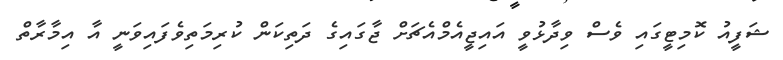
ޝަފީއު ކޮމިޓީގައި ވެސް ވިދާޅުވީ އައިޖީއެމްއެޗަށް ޖާގައިގެ ދަތިކަން ކުރިމަތިވެފައިވަނީ އާ އިމާރާތް